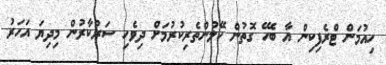
ހިއުމަން ޓްރެފިކިން އާ ބެހޭ ގޮތުން ހޭލުންތެރިކުރުމަށް ދިވެހި ސަރުކާރުން މިދިޔަ އަހަރު